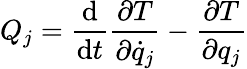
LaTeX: Q_{j}={\frac{\mathrm{d}}{\mathrm{d}t}}{\frac{\partial T}{\partial{\dot{q}}_{j}}}-{\frac{\partial T}{\partial q_{j}}}